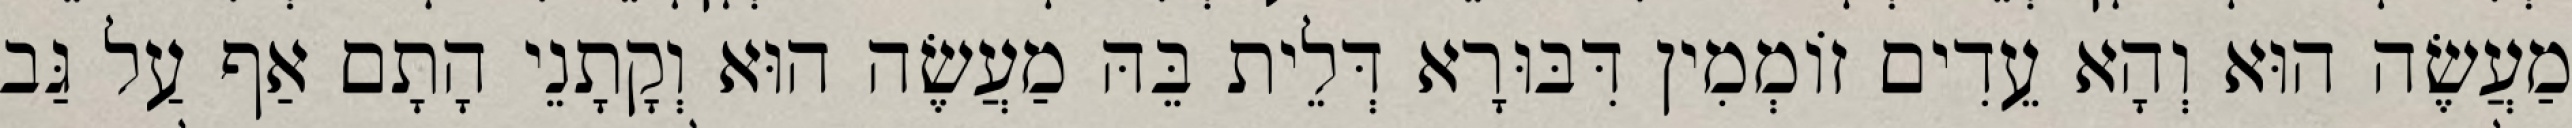
מַעֲשֶׂה הוּא וְהָא עֵדִים זוֹמְמִין דִּבּוּרָא דְּלֵית בֵּהּ מַעֲשֶׂה הוּא וְקָתָנֵי הָתָם אַף עַל גַּב